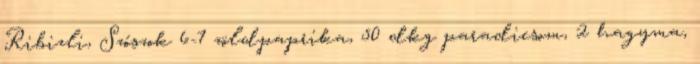
Ribizli, Szószok 6-7 zöldpaprika, 50 dkg paradicsom, 2 hagyma,